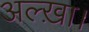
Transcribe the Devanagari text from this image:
अल्ख़ा।